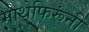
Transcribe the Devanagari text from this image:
माथेफिरूंनी